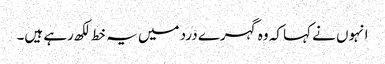
انہوں نے کہا کہ وہ گہرے درد میں یہ خط لکھ رہے ہیں۔